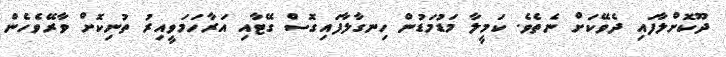
ދޫކޮށްލާފައި ދެވޭކަށް ނެތެވެ. ކަމީލާ މަޑުމަޑުން ހިނގާލާފައިގޮސް ގޭޓާއި އަރާހަމަވީއިރު ތުނިކޮށް ވާރޭވެހެން